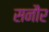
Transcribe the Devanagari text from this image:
सनौर